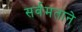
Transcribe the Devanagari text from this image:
सर्वमताने